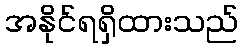
အနိုင်ရရှိထားသည်